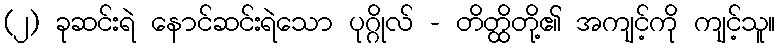
(၂) ခုဆင်းရဲ နောင်ဆင်းရဲသော ပုဂ္ဂိုလ် - တိတ္ထိတို့၏ အကျင့်ကို ကျင့်သူ။